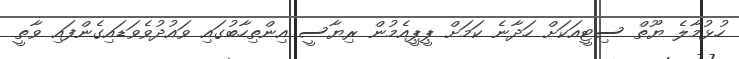
ހުޅުމާލެ ޔޫތް ސިޓީއަކަށް ހަދާނެ ކަމަށް ޕީޕީއެމުން ރިޔާސީ އިންތިހާބުގައި ވައުދުވެވަޑައިގެންފައި ވާތީ